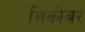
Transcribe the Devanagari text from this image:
न्निकोबर